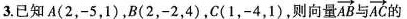
3.已知A(2，-5，1)，B(2，-2，4)，C(1，-4，1)，则向量 \overrightarrow{AB}与\overrightarrow{AC}的